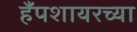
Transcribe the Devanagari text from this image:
हँपशायरच्या